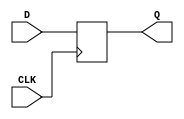
module d_flipflop (
    input wire D, // Data input
    input wire CLK, // Clock input
    output reg Q // Output
);
  
// Always block triggered by rising edge of clock signal
always @(posedge CLK) begin
    Q <= D; // Transfer input data to output on rising edge of clock
end

endmodule